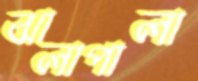
ঝালাপালা